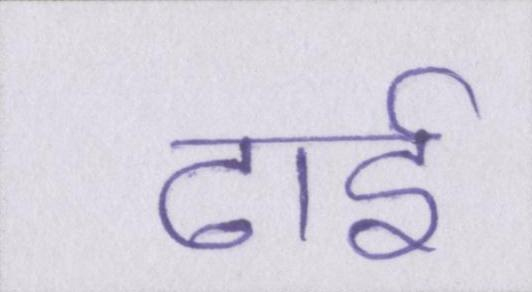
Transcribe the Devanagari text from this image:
ढाई